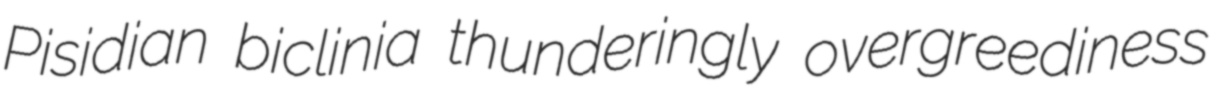
Pisidian biclinia thunderingly overgreediness